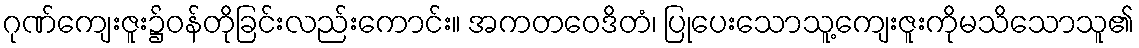
ဂုဏ်ကျေးဇူး၌ဝန်တိုခြင်းလည်းကောင်း။ အကတဝေဒိတံ၊ ပြုပေးသောသူ့ကျေးဇူးကိုမသိသောသူ၏